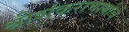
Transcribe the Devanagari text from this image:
श्रीशंकराचार्याचे